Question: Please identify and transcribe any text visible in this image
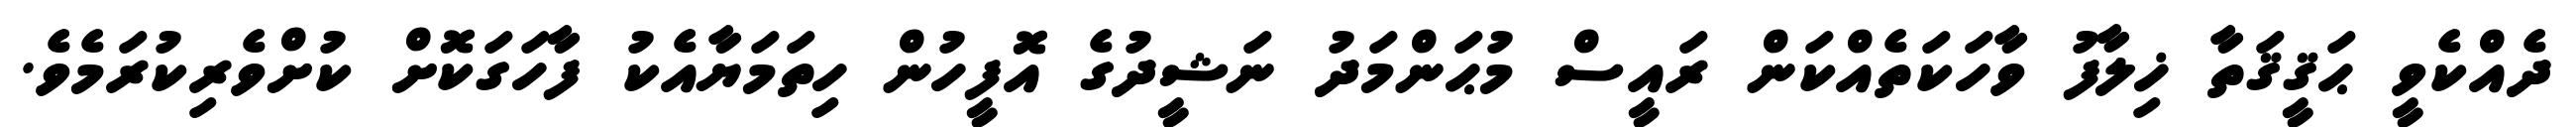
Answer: ދެއްކެވީ ޙަޤީޤަތާ ޚިލާފު ވާހަކަތެއްކަން ރައީސް މުޙަންމަދު ނަޝީދުގެ އޮފީހުން ހިތަމަޔާއެކު ފާހަގަކޮށް ކުށްވެރިކުރަމެވެ.